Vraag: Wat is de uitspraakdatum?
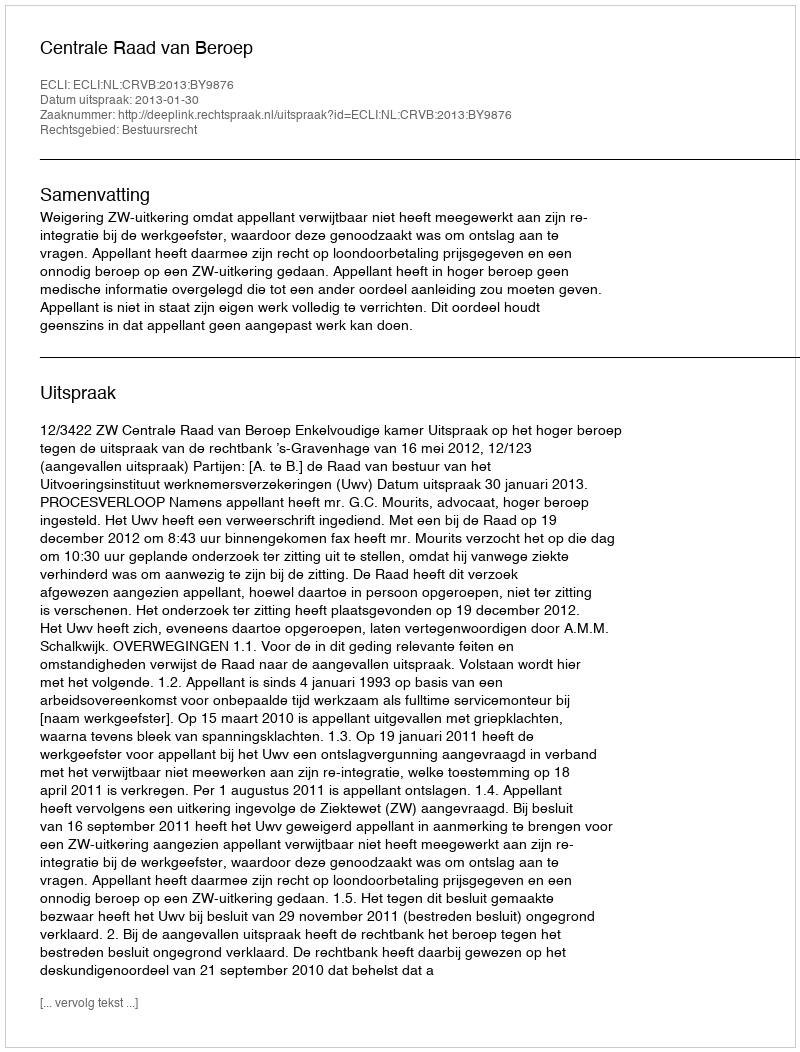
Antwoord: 2013-01-30